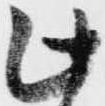
此